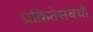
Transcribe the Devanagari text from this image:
प्रक्रितेसंबंधी